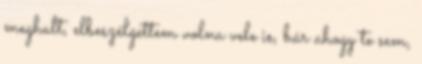
meghalt, elbeszélgettem volna vele is, bár ahogy te sem,